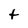
Character: f